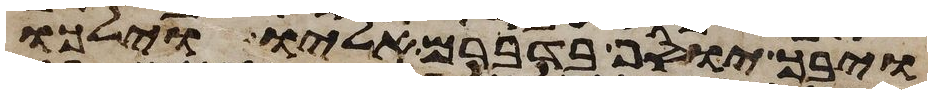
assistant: ויבך יוסף בדברם אליו וילכו